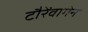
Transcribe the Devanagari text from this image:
टौरेंवागेन